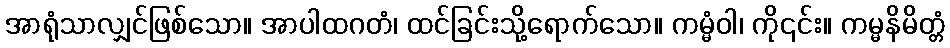
အာရုံသာလျှင်ဖြစ်သော။ အာပါထဂတံ၊ ထင်ခြင်းသို့ရောက်သော။ ကမ္မံဝါ၊ ကို၎င်း။ ကမ္မနိမိတ္တံ